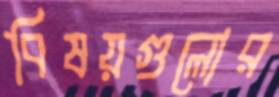
বিষয়গুলোর